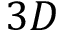
3 D